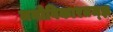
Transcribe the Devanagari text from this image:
मनोविकारतज्‍ज्ञ